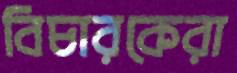
বিচারকেরা